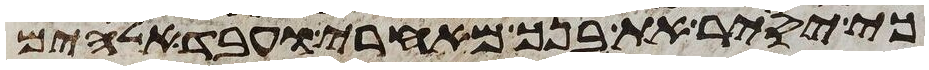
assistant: כי יסיר את בנך מאחרי ועבד אלהים